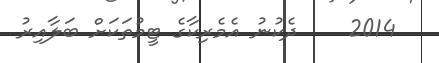
2014    ދެކުނު އެމެރިކާގެ ޓީމުތަކަށް ބަލާއިރު